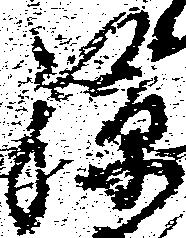
孫